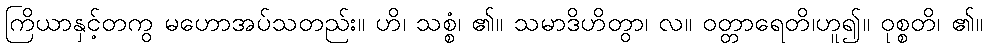
ကြိယာနှင့်တကွ မဟောအပ်သတည်း။ ဟိ၊ သစ္စံ၊ ၏။ သမာဒိဟိတွာ၊ လ။ ဝတ္တာရေတိ၊ဟူ၍။ ဝုစ္စတိ၊ ၏။